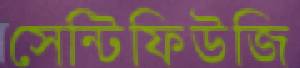
সেন্টিফিউজি